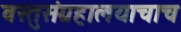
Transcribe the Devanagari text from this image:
वस्तुसंग्रहालयाचाच